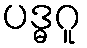
ပဒ္ဓဂူ